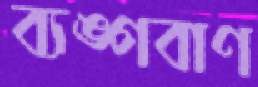
ব্যঙ্গবাণ